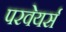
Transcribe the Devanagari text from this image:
परवेयर्स